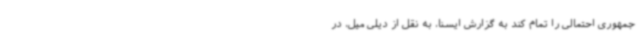
جمهوری احتمالی را تمام کند به گزارش ایسنا، به نقل از دیلی میل، در